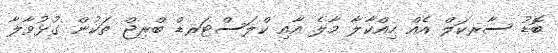
ބޮޑު ސާރކަލް އެއް ހިއްކާލާ މާލެ އާއި ކްލަސްޓަރޑް ބްރިޖް ތަކުން ގުޅުވާލާ